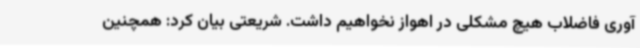
آوری فاضلاب هیچ مشکلی در اهواز نخواهیم داشت. شریعتی بیان کرد: همچنین